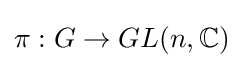
\pi :G\rightarrow GL(n,\mathbb {C} )